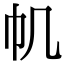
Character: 𢁒